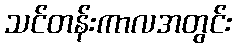
သင်တန်းကာလအတွင်း